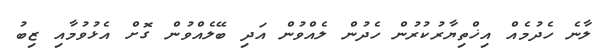
ލާނެ ހެދުމެއް އިޚްތިޔާރުކުރުން ހެދުން ލެއްވުން އަދި ބޭލެއްވުން ގޮށް އެޅުވުމާއި ޒިބު